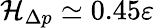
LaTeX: \mathcal{H}_{\Delta p}\simeq 0.45\varepsilon